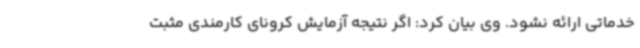
خدماتی ارائه نشود. وی بیان کرد: اگر نتیجه آزمایش کرونای کارمندی مثبت